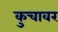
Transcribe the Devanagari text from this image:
कुचावर